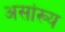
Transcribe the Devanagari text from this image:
असांख्य